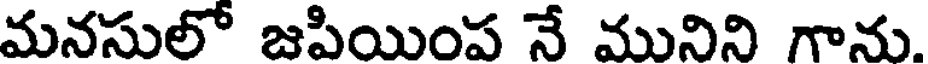
మనసులో జపియింప నే మునిని గాను.